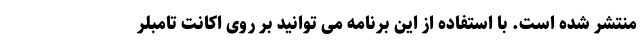
منتشر شده است. با استفاده از این برنامه می توانید بر روی اکانت تامبلر